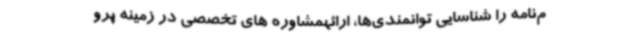
م‌نامه را شناسایی توانمندی‌ها، ارائهمشاوره های تخصصی در زمینه پرو